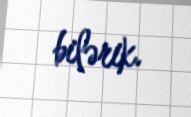
bilərik.